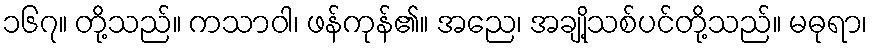
၁၆၇။ တို့သည်။ ကသာဝါ၊ ဖန်ကုန်၏။ အညေ၊ အချို့သစ်ပင်တို့သည်။ မဓုရာ၊